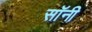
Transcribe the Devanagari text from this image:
सॉनी